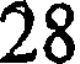
28